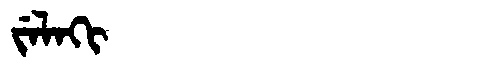
Manchu: ᠵᡝᠯᠠᡴᡳ
Romanization: JELAKI